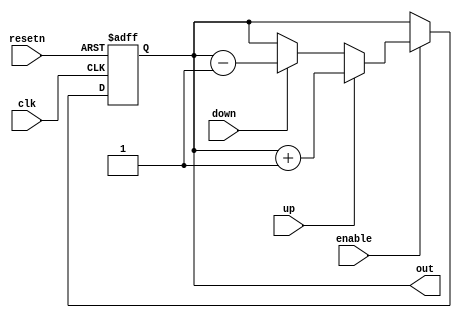
module offsetHeli (clk, resetn, enable, out, up, down);
	
	input clk, resetn, enable, up, down;
	output reg [n:0] out;
		
	parameter n = 6;

	always @ (posedge clk or negedge resetn)
	begin
		if (!resetn)
		begin
			out <= 0;
		end
		else if (!enable)
		begin
			out <= out;
		end
		else
		begin
			if (up)
			begin
				out <= out + 1;
			end
			else if (down)
			begin
				out <= out - 1;
			end
			else
			begin
				out <= out;
			end
		end
	end

endmodule